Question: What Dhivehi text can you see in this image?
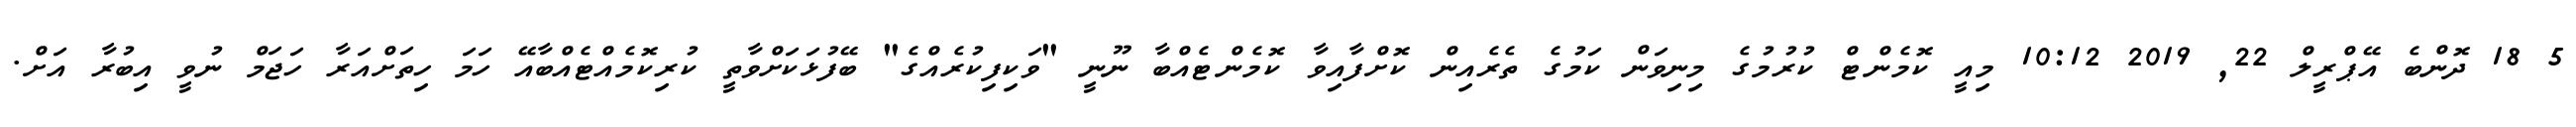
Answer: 5 18 ދޮންބެ އޭޕްރީލް 22, 2019 10:12 މިއީ ކޮމެންޓް ކުރުމުގެ މިނިވަން ކަމުގެ ތެރެއިން ކޮށްފާއިވާ ކޮމެންޓެއްބާ ނޫނީ "ވަކިފިކުރެއްގެ" ބޭފުޅަކަށްވާތީ ކުރިކޮމެއްޓެއްބާއޭ ހަމަ ހިތަށްއަރާ ހަޖަމް ނުވީ އިބުރާ އަށް.